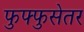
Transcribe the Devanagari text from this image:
फुफ्फुसेतर